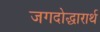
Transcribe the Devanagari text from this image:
जगदोद्धारार्थ